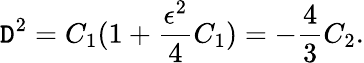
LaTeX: {\cal\mathtt{D}}^{2}=C_{1}(1+\frac{{\epsilon^{2}}}{{4}}C_{1})=-\frac{{4}}{{3}}C_{2}.